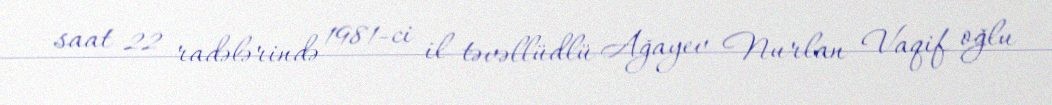
saat 22 radələrində 1981-ci il təvəllüdlü Ağayev Nurlan Vaqif oğlu